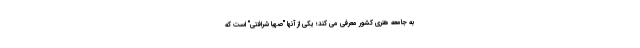
به جامعه هنری کشور معرفی می کند؛ یکی از آنها "صهبا شرافتی" است که